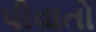
પીવાતો